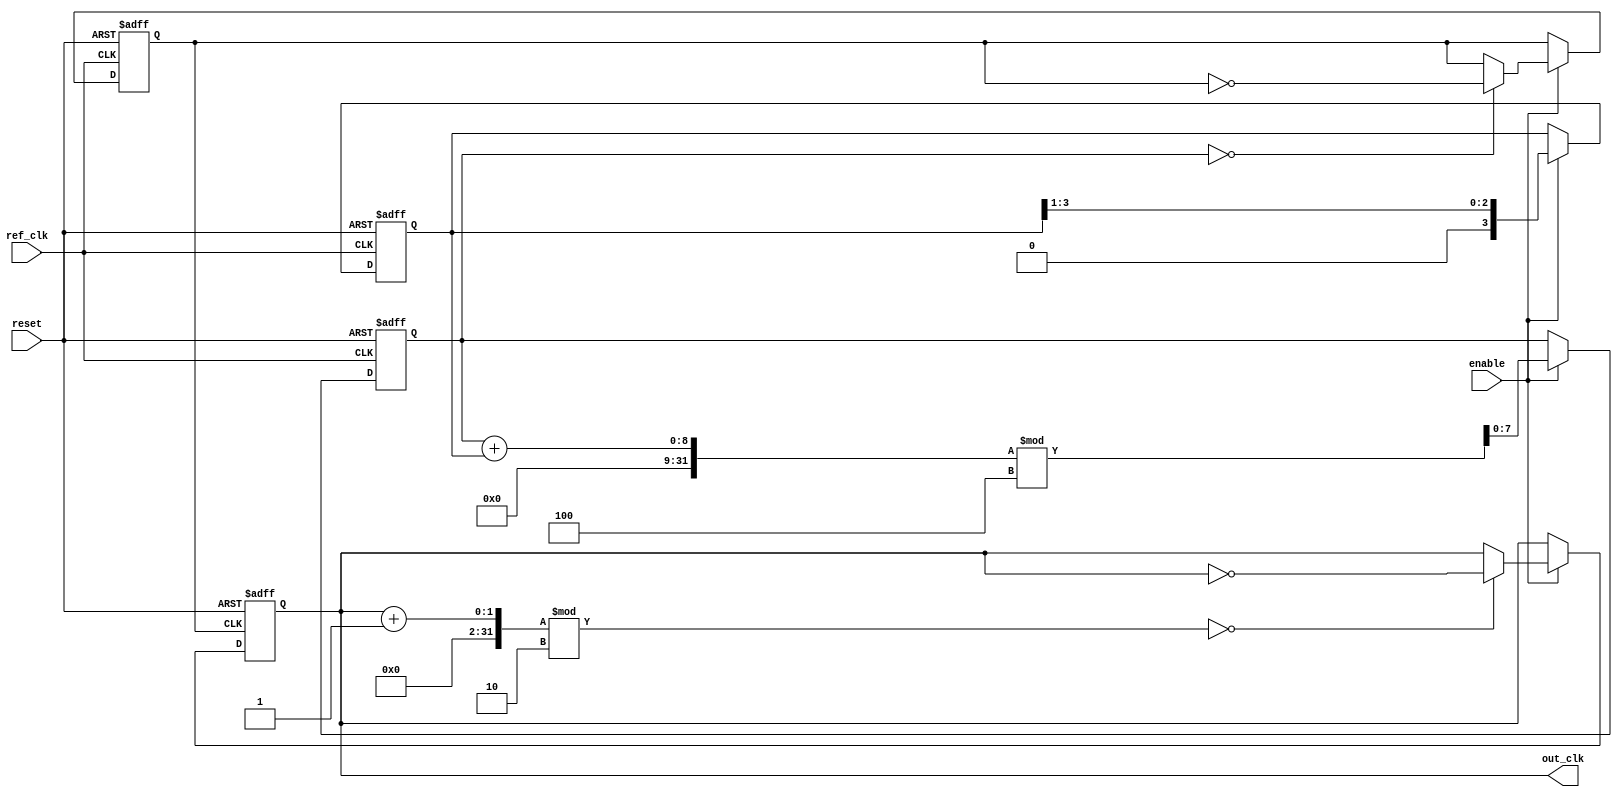
module parameterized_pll #(
    parameter PARAM_M = 4,            // Multiplication factor
    parameter PARAM_N = 2,            // Division factor
    parameter PARAM_BW = 1             // Bandwidth of the loop filter
)(
    input wire ref_clk,                // Reference clock
    input wire reset,                  // Active high reset
    input wire enable,                 // Enable signal
    output reg out_clk                 // Output clock
);

    // Internal signals
    reg [3:0] phase_error;             // Phase error signal
    reg [7:0] vco_count;               // VCO counter
    reg [3:0] loop_filter;             // Loop filter output
    reg vco_clk;                       // VCO clock

    // Phase Detector (PD)
    always @(posedge ref_clk or posedge reset) begin
        if (reset) begin
            phase_error <= 0;
        end else if (enable) begin
            // Example phase detection logic (simple XOR for demo)
            phase_error <= (vco_clk ^ ref_clk) ? 1 : 0; 
        end
    end

    // Loop Filter
    always @(posedge ref_clk or posedge reset) begin
        if (reset) begin
            loop_filter <= 0;
        end else if (enable) begin
            // Simple loop filter logic (integrator type)
            loop_filter <= loop_filter + phase_error;
            // Bandwidth adjustment could be implemented here
            loop_filter <= loop_filter >> PARAM_BW;
        end
    end

    // Voltage-Controlled Oscillator (VCO)
    always @(posedge ref_clk or posedge reset) begin
        if (reset) begin
            vco_count <= 0;
            vco_clk <= 0;
        end else if (enable) begin
            // VCO logic: Generate a clock based on the loop filter output
            vco_count <= (vco_count + loop_filter) % PARAM_M;
            if (vco_count == 0) begin
                vco_clk <= ~vco_clk;  // Toggle VCO clock
            end
        end
    end

    // Output Clock Generation
    always @(posedge vco_clk or posedge reset) begin
        if (reset) begin
            out_clk <= 0;
        end else if (enable) begin
            // Divide by PARAM_N to generate output clock
            out_clk <= (out_clk + 1) % PARAM_N == 0 ? ~out_clk : out_clk;
        end
    end

endmodule